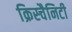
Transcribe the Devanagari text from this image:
क्रिस्चैनिटी